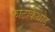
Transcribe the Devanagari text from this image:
फोटोकैथोड